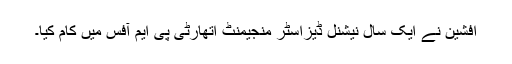
افشین نے ایک سال نیشنل ڈیزاسٹر منجیمنٹ اتھارٹی پی ایم آفس میں کام کیا۔